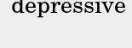
depressive